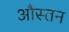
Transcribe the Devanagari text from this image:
औस्तन